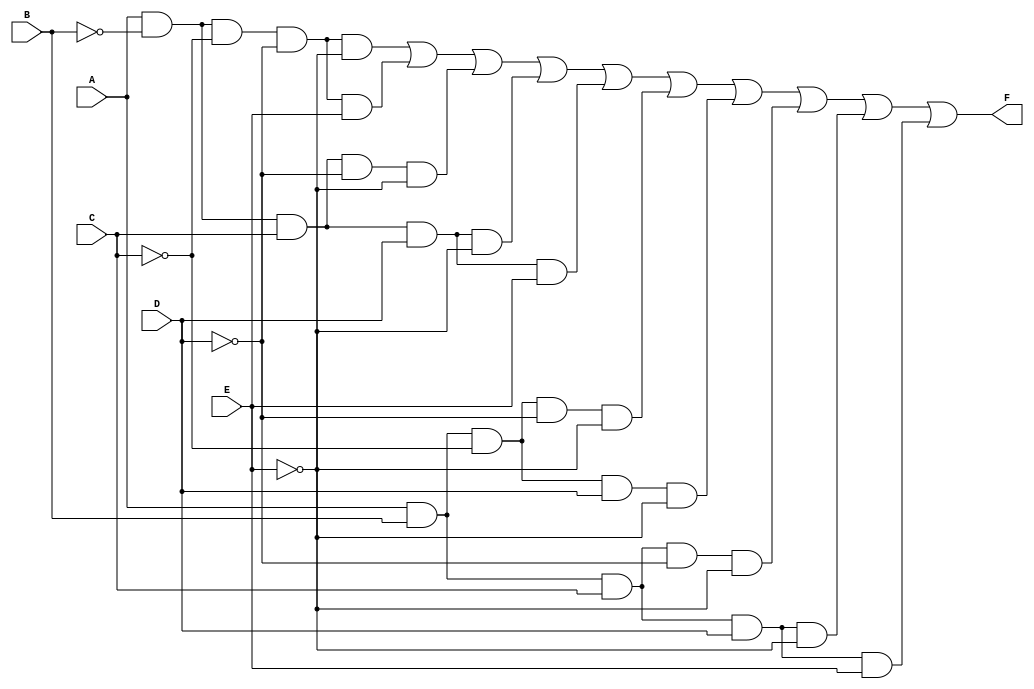
module five_variable_kmap (
    input wire A,   // First input variable
    input wire B,   // Second input variable
    input wire C,   // Third input variable
    input wire D,   // Fourth input variable
    input wire E,   // Fifth input variable
    output wire F   // Output function
);

    // K-map implementation based on simplified boolean expression
    // F = (1, 3, 7, 11, 15, 16, 19, 23, 27, 31) for example
    assign F = (A & ~B & ~C & ~D & ~E) |  // minterm 1
               (A & ~B & ~C & ~D &  E) |  // minterm 3
               (A & ~B &  C & ~D & ~E) |  // minterm 7
               (A & ~B &  C &  D & ~E) |  // minterm 11
               (A & ~B &  C &  D &  E) |  // minterm 15
               (A &  B & ~C & ~D & ~E) |  // minterm 16
               (A &  B & ~C &  D & ~E) |  // minterm 19
               (A &  B &  C & ~D & ~E) |  // minterm 23
               (A &  B &  C &  D & ~E) |  // minterm 27
               (A &  B &  C &  D &  E);    // minterm 31

endmodule